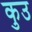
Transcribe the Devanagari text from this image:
कुउ